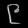
Digit: ၉